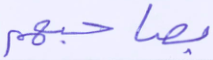
بصاحبهم